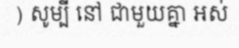
) សូម្បី នៅ ជាមួយគ្នា អស់